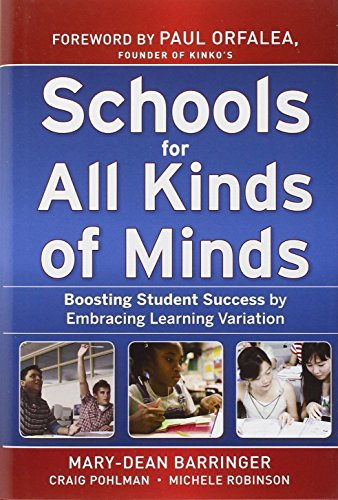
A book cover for Schools for All Kinds of Minds: Boosting Student Success by Embracing Learning Variation; Mary-Dean Barringer; Education & Teaching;